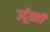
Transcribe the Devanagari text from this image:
उर्दूतही